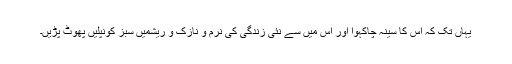
یہاں تک کہ اس کا سینہ چاکہوا اور اس میں سے نئی زندگی کی نرم و نازک و ریشمیں سبز کونپلیں پھوٹ پڑیں۔